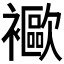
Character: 𧞨